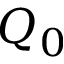
Q _ { 0 }